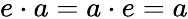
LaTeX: e\cdot a=a\cdot e=a